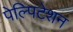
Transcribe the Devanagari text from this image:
पेल्पिटेशन